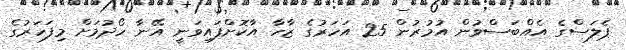
ޕެލަސްގެ އެއްބަސްވުން އުމުރުން 25 އަހަރުގެ ޒާހާ އާކޮށްފައިވަނީ އޭނާ ހޯދުމަށް މިފަހަރުގެ